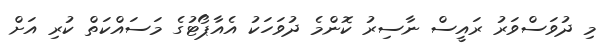
މި ދުވަސްވަރު ރައީސް ނާސިރު ކޮންމެ ދުވަހަކު އެއާޕޯޓުގެ މަސައްކަތް ކުރި އަށް